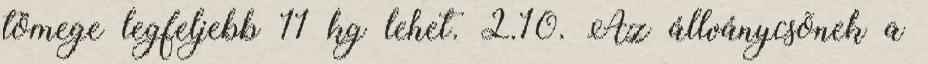
tömege legfeljebb 11 kg lehet. 2.10. Az állványcsõnek a